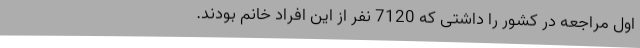
اول مراجعه در کشور را داشتی که 7120 نفر از این افراد خانم بودند.